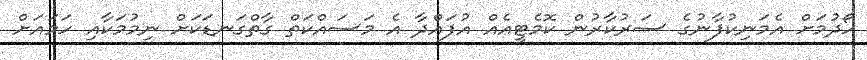
ހޯދުމަށް އެމަނިކުފާނުގެ ސަރުކާރުން ކޮމެޓީއެއް އުފައްދާ އެ މަސައްކަތް ގާތްގަނޑަކަށް ނިމުމަކާއި ހަމައަށް